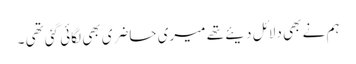
ہم نے بھی دلائل دیئے تھے میری حاضری بھی لگائی گئی تھی ۔